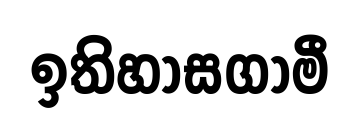
ඉතිහාසගාමී